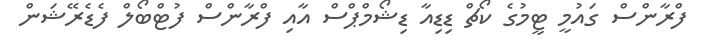
ފްރާންސް ގައުމީ ޓީމުގެ ކޯޗް ޑިޑިއާ ޑިޝޯމްޕްސް އާއި ފްރާންސް ފުޓްބޯލް ފެޑެރޭޝަން